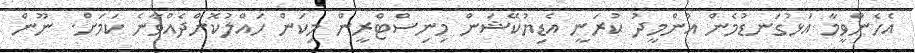
އެހެންވީމާ އަޅުގަނޑުމެން އުންމީދު ކުރަނީ އެޑިޔުކޭޝަން މިނިސްޓްރީން މިކަން ހައްލުކޮށްދެއްވާނެ ކަމަށް. ނޫން